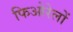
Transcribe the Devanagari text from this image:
फिओरेलों